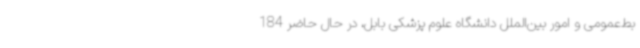
بط‌عمومی و امور بین‌الملل دانشگاه علوم پزشکی بابل، در حال حاضر 184